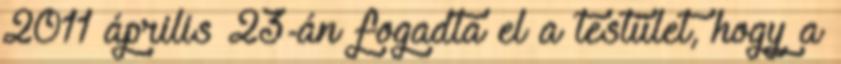
2011 április 23-án fogadta el a testület, hogy a